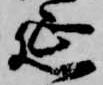
延